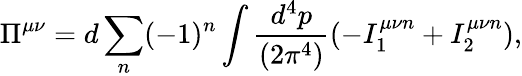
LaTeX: \Pi^{\mu\nu}=d\sum_{n}(-1)^{n}\int{\frac{d^{4}p}{(2\pi^{4})}}(-I_{1}^{\mu\nu n}+I_{2}^{\mu\nu n}),